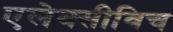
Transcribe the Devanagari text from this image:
एलेक्सीविच